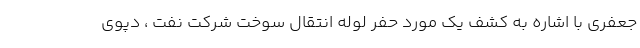
جعفری با اشاره به کشف یک مورد حفر لوله انتقال سوخت شرکت نفت ، دپوی